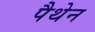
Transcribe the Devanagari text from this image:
पैथेन